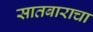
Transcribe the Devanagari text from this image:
सातबाराचा